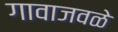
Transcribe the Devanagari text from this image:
गावाजवळे